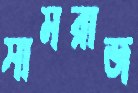
সামরাজ